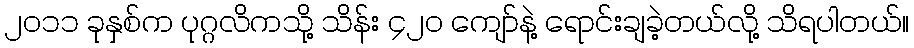
၂၀၁၁ ခုနှစ်က ပုဂ္ဂလိကသို့ သိန်း ၄၂၀ ကျော်နဲ့ ရောင်းချခဲ့တယ်လို့ သိရပါတယ်။